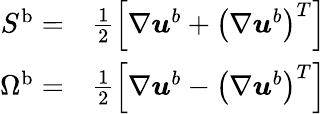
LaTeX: \begin{array}{rl}{S^{\textup{b}}=}&{\frac{1}{2}\Big[\nabla\boldsymbol{u}^{b}+\left(\nabla\boldsymbol{u}^{b}\right)^{T}\Big]}\\ {\Omega^{\textup{b}}=}&{\frac{1}{2}\Big[\nabla\boldsymbol{u}^{b}-\left(\nabla\boldsymbol{u}^{b}\right)^{T}\Big]}\end{array}